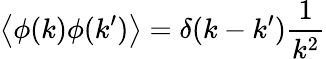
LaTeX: \left\langle\phi(k)\phi(k^{\prime})\right\rangle=\delta(k-k^{\prime}){\frac{1}{k^{2}}}